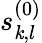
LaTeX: s_{\mathit{k},l}^{(0)}